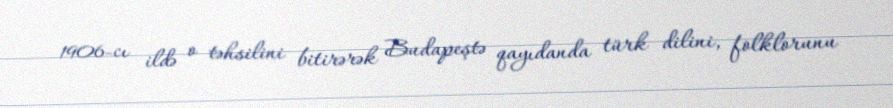
1906-cı ildə o təhsilini bitirərək Budapeştə qayıdanda türk dilini, folklorunu